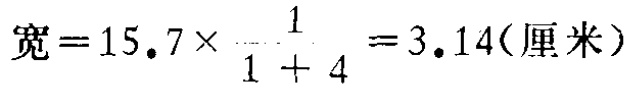
\(宽 = 15.7\times\frac{1}{1 + 4}=3.14(厘米)\)